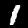
Digit: 1